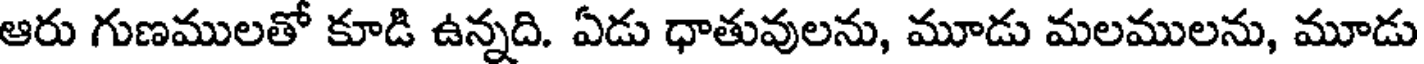
ఆరు గుణములతో కూడి ఉన్నది. ఏడు ధాతువులను, మూడు మలములను, మూడు